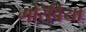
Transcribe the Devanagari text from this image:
मोरेविया